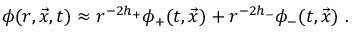
\phi ( r , \vec { x } , t ) \approx r ^ { - 2 h _ { + } } \phi _ { + } ( t , \vec { x } ) + r ^ { - 2 h _ { - } } \phi _ { - } ( t , \vec { x } ) \ .